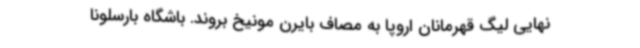
نهایی لیگ قهرمانان اروپا به مصاف بایرن مونیخ بروند. باشگاه بارسلونا